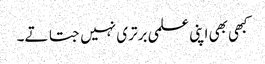
کبھی بھی اپنی علمی برتری نہیں جتاتے۔